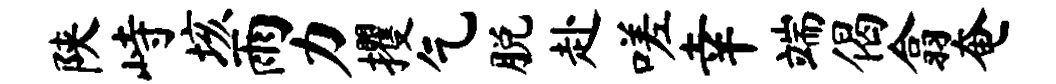
陕峙垓雨力攫乞脱赴嗟幸端偈翕奄